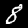
Label: 8